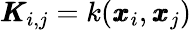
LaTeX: \pmb{K}_{i,j}=k(\pmb{x}_{i},\pmb{x}_{j})